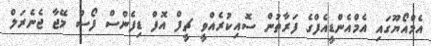
އެމްއޯޔޫގައި އެމްއެންޑީއެފްގެ ފަރާތުން ސޮއިކުރެއްވީ ޗީފް އޮފް ޑިފެންސް ފޯސް މޭޖާ ޖެނެރަލް